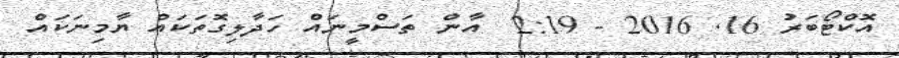
އޮކްޓޯބަރު 16